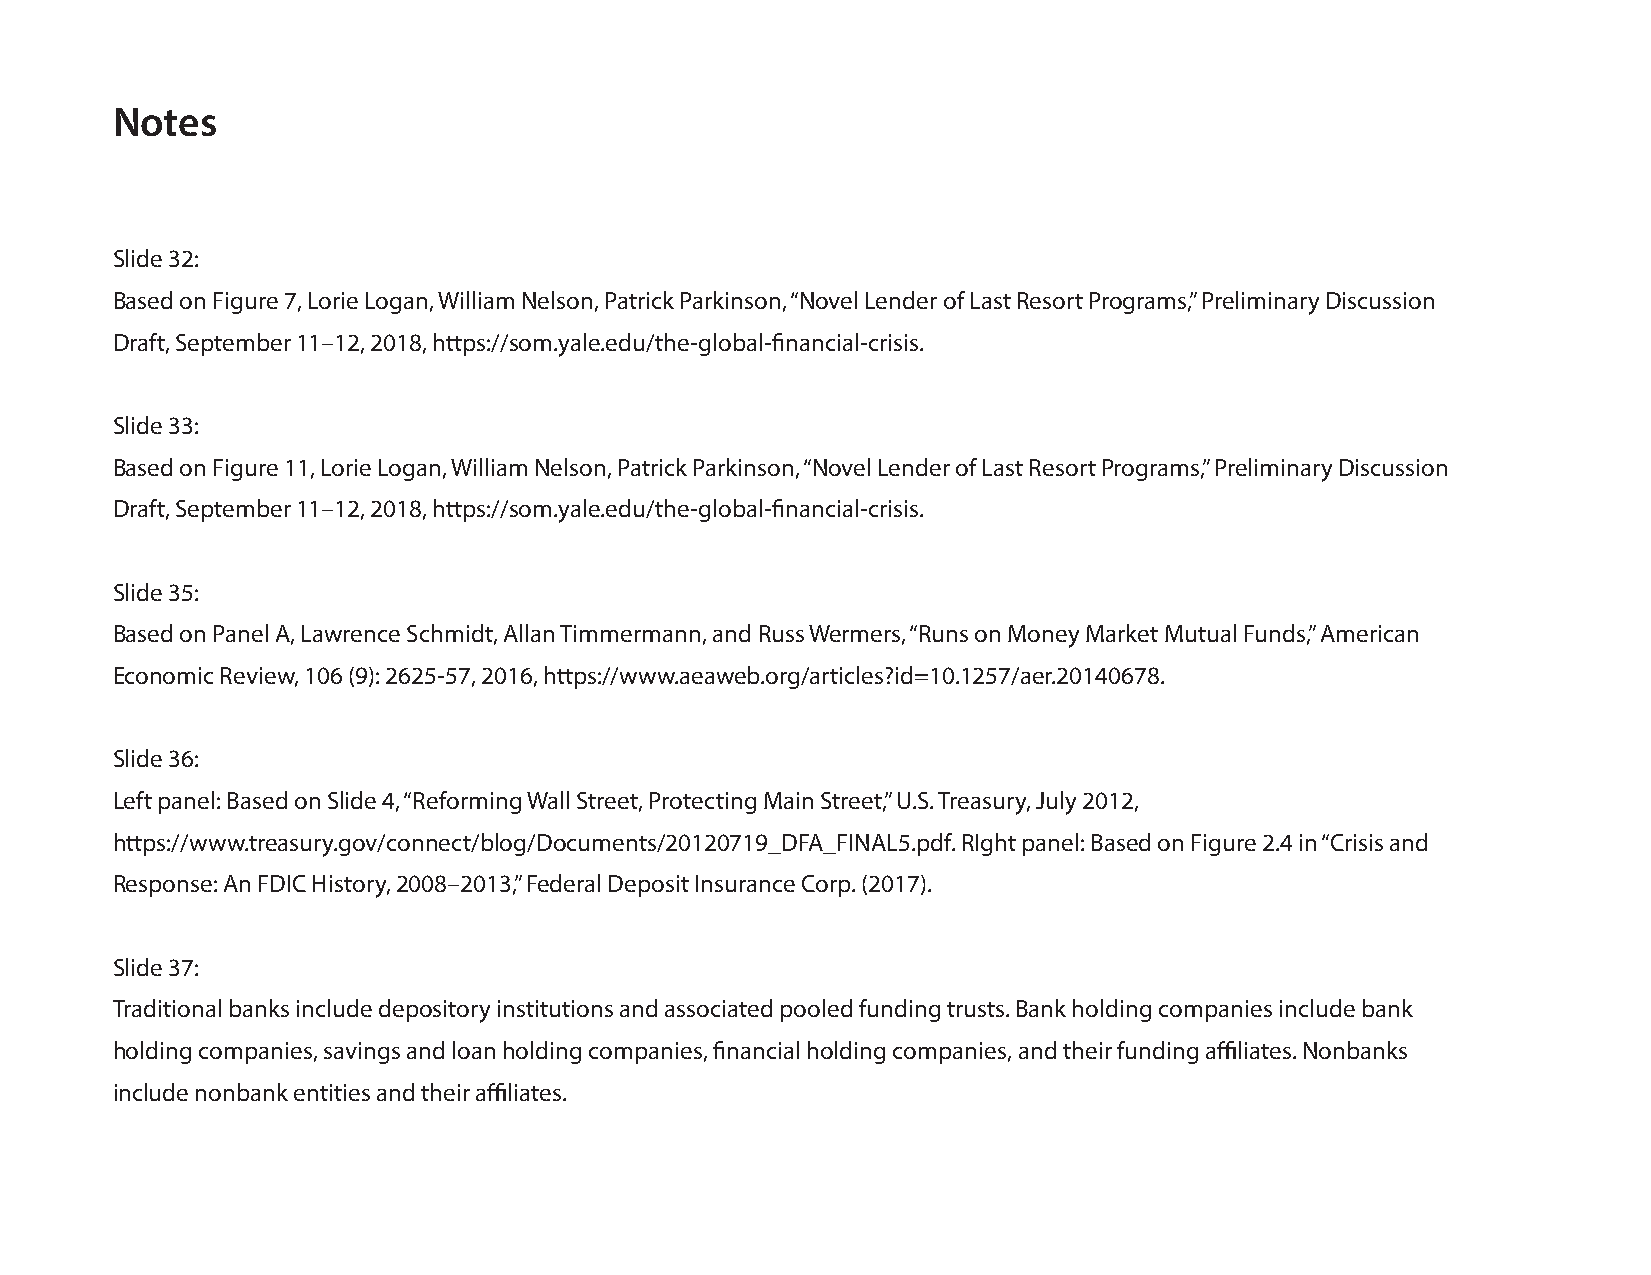
Notes
 Slide 32:
 Based on Figure 7, Lorie Logan, William Nelson, Patrick Parkinson, “Novel Lender of Last Resort Programs,” Preliminary Discussion
 Draft, September 11–12, 2018, https://som.yale.edu/the-global-financial-crisis.
 Slide 33:
 Based on Figure 11, Lorie Logan, William Nelson, Patrick Parkinson, “Novel Lender of Last Resort Programs,” Preliminary Discussion
 Draft, September 11–12, 2018, https://som.yale.edu/the-global-financial-crisis.
 Slide 35:
 Based on Panel A, Lawrence Schmidt, Allan Timmermann, and Russ Wermers, “Runs on Money Market Mutual Funds,” American
 Economic Review, 106 (9): 2625-57, 2016, https://www.aeaweb.org/articles?id=10.1257/aer.20140678.
 Slide 36:
 Left panel: Based on Slide 4, “Reforming Wall Street, Protecting Main Street,” U.S. Treasury, July 2012,
 https://www.treasury.gov/connect/blog/Documents/20120719_DFA_FINAL5.pdf. RIght panel: Based on Figure 2.4 in “Crisis and
 Response: An FDIC History, 2008–2013,” Federal Deposit Insurance Corp. (2017).
 Slide 37:
 Traditional banks include depository institutions and associated pooled funding trusts. Bank holding companies include bank
 holding companies, savings and loan holding companies, financial holding companies, and their funding affiliates. Nonbanks
 include nonbank entities and their affiliates.